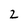
Character: 2